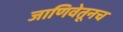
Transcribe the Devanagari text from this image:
जाणिवेतूनच